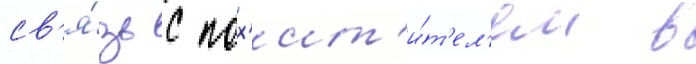
св'я́зь с пох'ит'и́т'ел'ем в